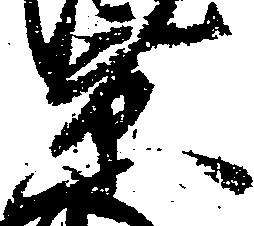
景